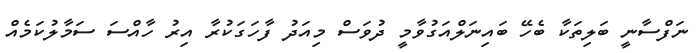
ނަފްސާނީ ބަލިތަކާ ބެހޭ ބައިނަލްއަގުވާމީ ދުވަސް މިއަދު ފާހަގަކުރާ އިރު ހާއްސަ ސަމާލުކަމެއް